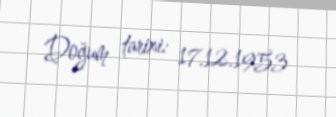
Doğum tarixi: 17.12.1953